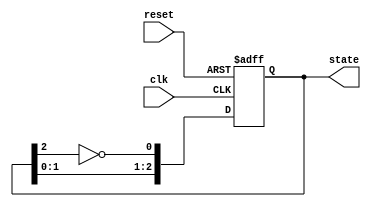
module johnson_counter (
    input wire clk,          // Clock input
    input wire reset,        // Asynchronous reset
    output reg [2:0] state   // 3-bit state output
);

// State transition logic
always @(posedge clk or posedge reset) begin
    if (reset) begin
        state <= 3'b000;     // Reset state to 000
    end else begin
        // Johnson counter logic
        state <= {state[1:0], ~state[2]}; // Shift left and feed inverted last bit
    end
end

endmodule